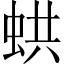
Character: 𧋄